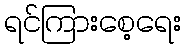
ရင်ကြားစေ့ရေး